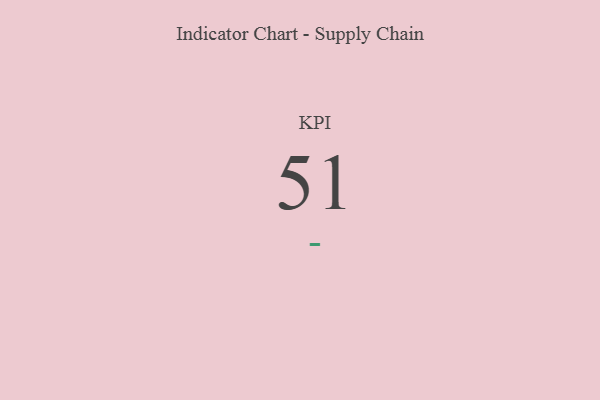
{"axis": {"x": "KPI", "y": "Value"}, "legend": [""], "data": [{"x": "KPI", "y": 51, "type": ""}]}